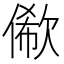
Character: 𠍫